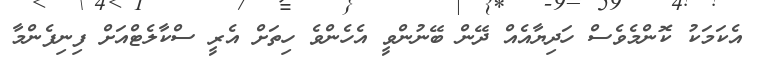
އެކަމަކު ކޮންމެވެސް ހަދިޔާއެއް ދޭން ބޭނުންވީ އެހެންވެ ހިތަށް އެރީ ސްކާލެޓްއަށް ފިނިފެންމާ